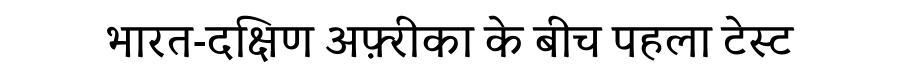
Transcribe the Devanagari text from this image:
भारत-दक्षिण अफ़्रीका के बीच पहला टेस्ट